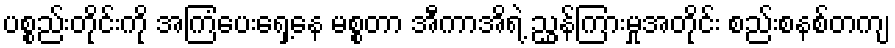
ပစ္စည်းတိုင်းကို အကြံပေးရှေ့နေ မစ္စတာ အီကာအိရဲ့ ညွှန်ကြားမှုအတိုင်း စည်းစနစ်တကျ